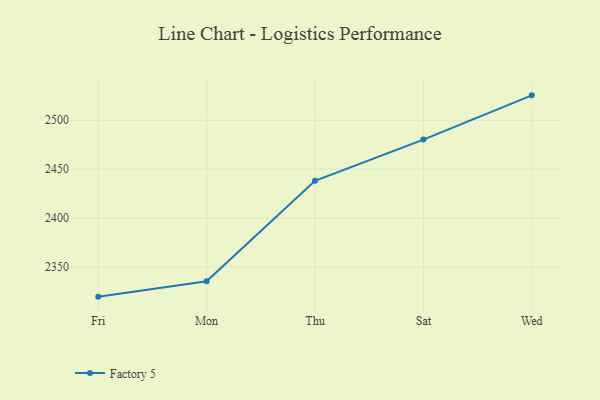
{"axis": {"x": "Day", "y": "Tickets Resolved"}, "legend": ["Factory 5"], "data": [{"x": "Fri", "y": 2319.7, "type": "Factory 5"}, {"x": "Mon", "y": 2335.5, "type": "Factory 5"}, {"x": "Thu", "y": 2438.1, "type": "Factory 5"}, {"x": "Sat", "y": 2480.3, "type": "Factory 5"}, {"x": "Wed", "y": 2525.5, "type": "Factory 5"}]}